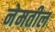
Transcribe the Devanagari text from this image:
नेमतील